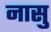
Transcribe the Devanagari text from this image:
नासु